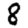
Digit: 8